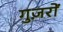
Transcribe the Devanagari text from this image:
गुज़रों